Punjab Mental Hospital Lahore 1922-31 - 1922-1931
Year: 1922
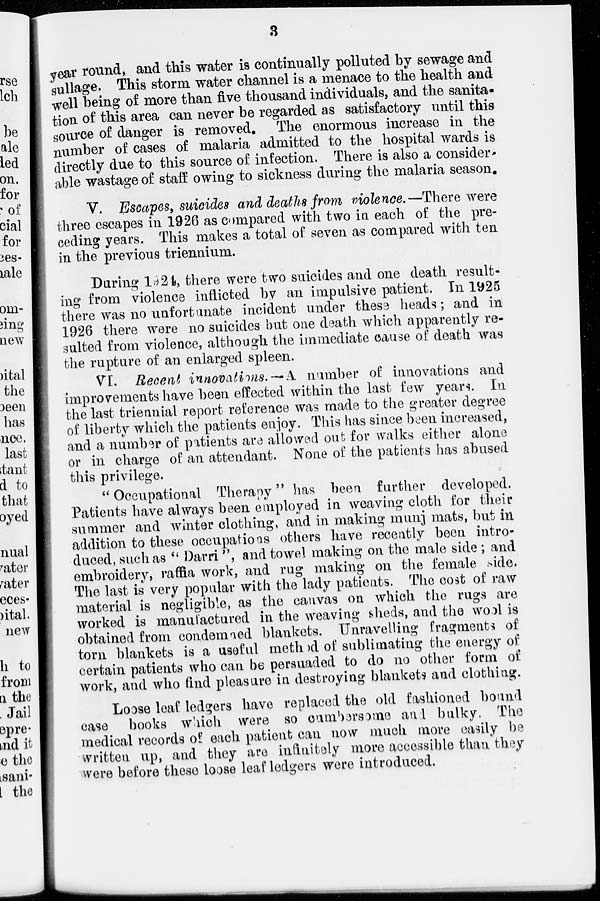
3
year round, and this water is continually polluted by sewage and
sullage. This storm water channel is a menace to the health and
well being of more than five thousand individuals, and the sanita-
tion of this area can never be regarded as satisfactory until this
source of danger is removed. The enormous increase in the
number of cases of malaria admitted to the hospital wards is
directly due to this source of infection. There is also a consider
able wastage of staff owing to sickness during the malaria season.
V. Escapes, suicides and deaths from violence.—There were
three escapes in 1926 as compared with two in each of the pre-
ceding years. This makes a total of seven as compared with ten
in the previous triennium.
During 1924, there were two suicides and one death result-
ing from violence inflicted by an impulsive patient. In 1925
there was no unfortunate incident under these heads; and in
1926 there were no suicides but one death which apparently re-
sulted from violence, although the immediate cause of death was
the rupture of an enlarged spleen.
VI. Recent innovations.—A number of innovations and
improvements have been effected within the last few years. In
the last triennial report reference was made to the greater degree
of liberty which the patients enjoy. This has since been increased,
and a number of patients are allowed out for walks either alone
or in charge of an attendant. None of the patients has abused
this privilege.
" Occupational Therapy" has been further developed.
Patients have always been employed in weaving cloth for their
summer and winter clothing, and in making munj mats, but in
addition to these occupations others have recently been intro-
duced, such as " Darri", and towel making on the male side; and
embroidery, raffia work, and rug making on the female side.
The last is very popular with the lady patients. The cost of raw
material is negligible, as the canvas on which the rugs are
worked is manufactured in the weaving sheds, and the wool is
obtained from condemned blankets. Unravelling fragments of
torn blankets is a useful method of sublimating the energy of
certain patients who can be persuaded to do no other form of
work, and who find pleasure in destroying blankets and clothing.
Loose leaf ledgers have replaced the old fashioned bound
case books wihch were so cumbersome and bulky. The
medical records of each patient can now much more easily be
written up, and they are infinitely more accessible than they
were before these loose leaf ledgers were introduced.